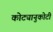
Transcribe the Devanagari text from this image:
कोट्यानुकोटी